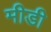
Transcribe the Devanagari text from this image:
मीडी